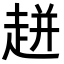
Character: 𧻓